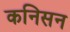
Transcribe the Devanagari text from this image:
कनिसन